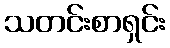
သတင်းစာရှင်း